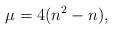
LaTeX: \begin{align*}\mu =4(n^2-n),\end{align*}